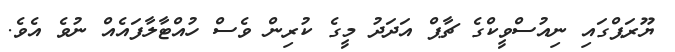
ޔޫރަޕްގައި ނިއުސްވީކްގެ ޗާޕް އަދަދު މީގެ ކުރިން ވެސް ހުއްޓާލާފައެއް ނުވެ އެވެ.